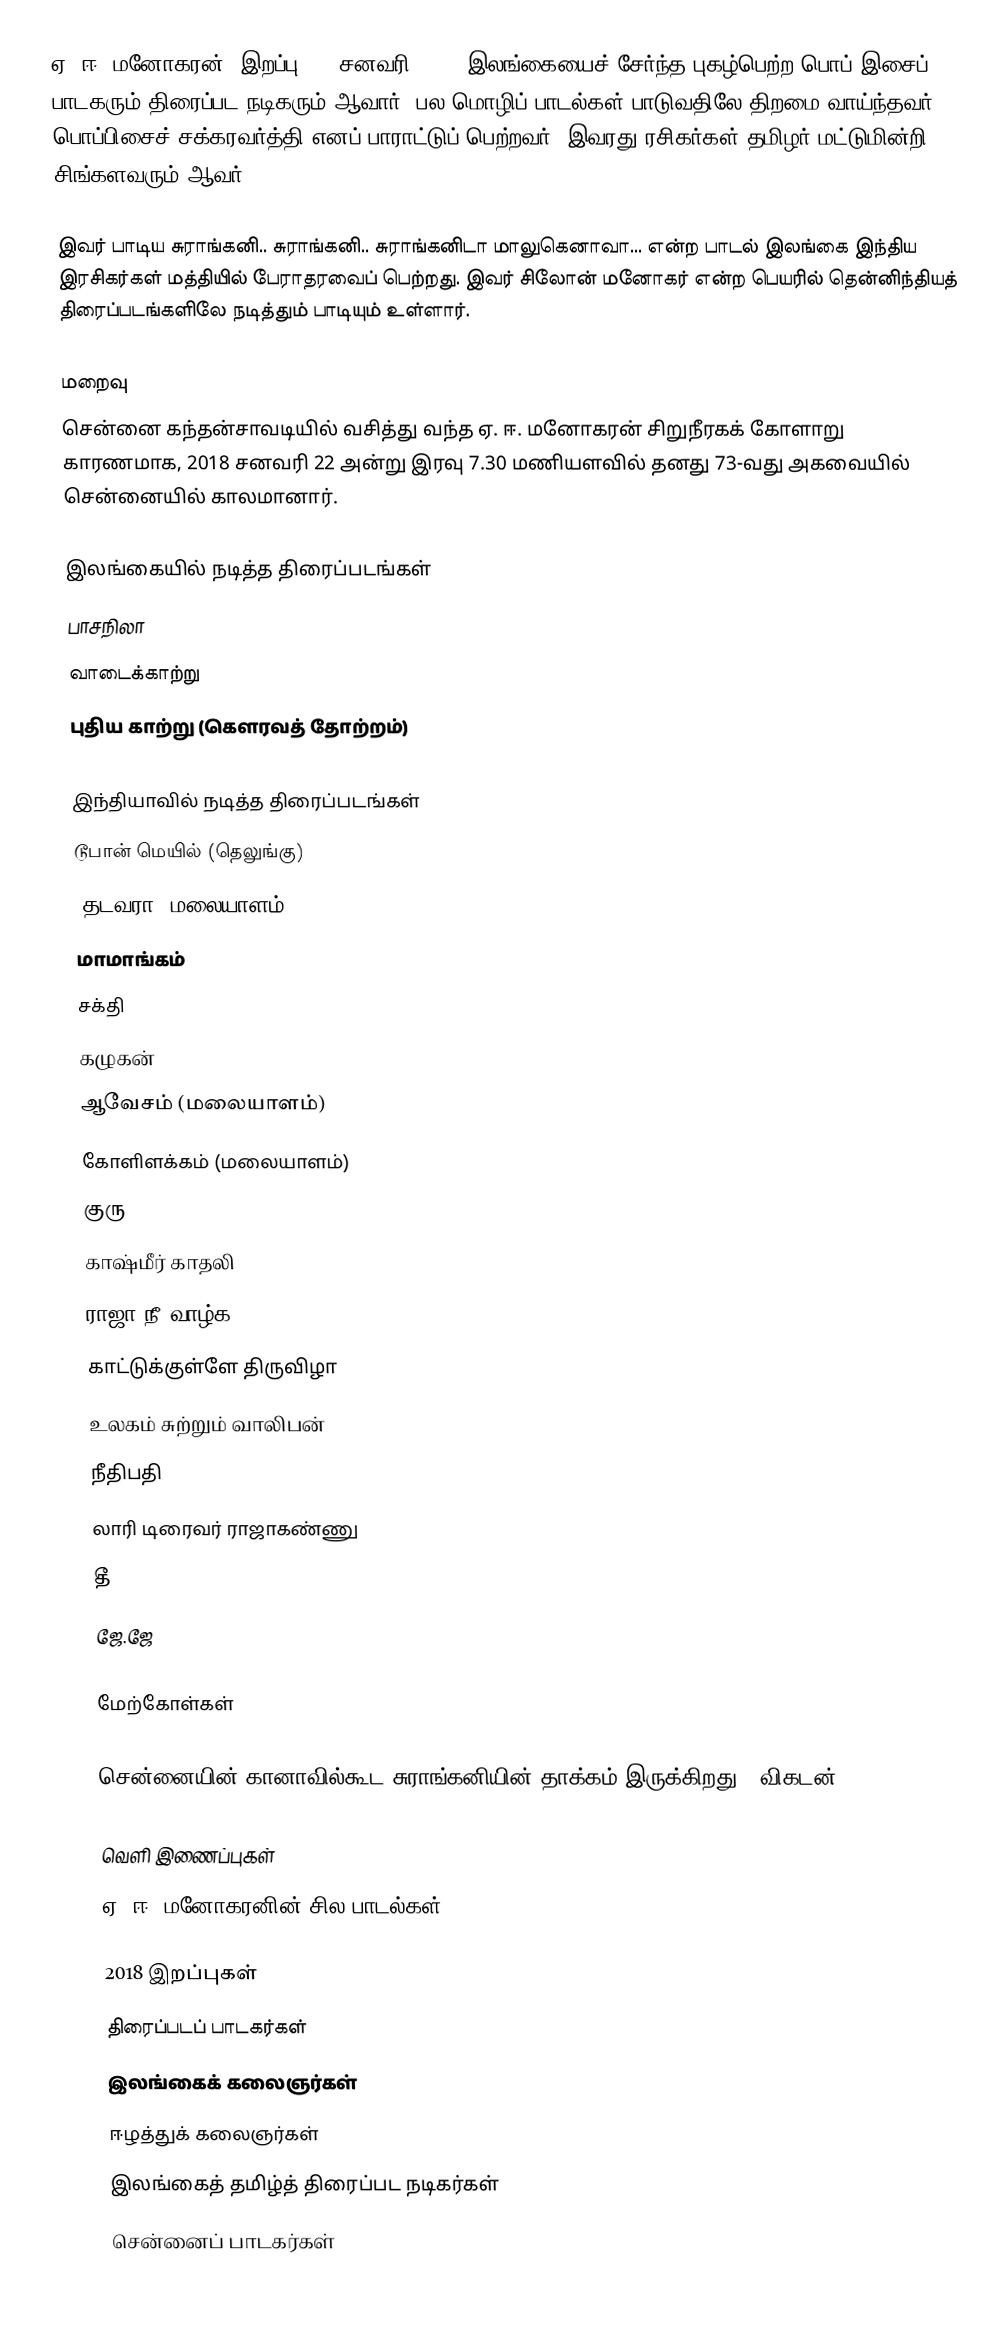
ஏ. ஈ. மனோகரன் (இறப்பு: 22 சனவரி 2018) இலங்கையைச் சேர்ந்த புகழ்பெற்ற பொப் இசைப் பாடகரும் திரைப்பட நடிகரும் ஆவார். பல மொழிப் பாடல்கள் பாடுவதிலே திறமை வாய்ந்தவர். பொப்பிசைச் சக்கரவர்த்தி எனப் பாராட்டுப் பெற்றவர். இவரது ரசிகர்கள் தமிழர் மட்டுமின்றி சிங்களவரும் ஆவர்.

இவர் பாடிய சுராங்கனி.. சுராங்கனி.. சுராங்கனிடா மாலுகெனாவா... என்ற பாடல் இலங்கை இந்திய இரசிகர்கள் மத்தியில் பேராதரவைப் பெற்றது.  இவர் சிலோன் மனோகர் என்ற பெயரில் தென்னிந்தியத் திரைப்படங்களிலே நடித்தும் பாடியும் உள்ளார்.

மறைவு
சென்னை கந்தன்சாவடியில் வசித்து வந்த ஏ. ஈ. மனோகரன் சிறுநீரகக் கோளாறு காரணமாக, 2018 சனவரி 22 அன்று இரவு 7.30 மணியளவில் தனது 73-வது அகவையில் சென்னையில் காலமானார்.

இலங்கையில் நடித்த திரைப்படங்கள்
 பாசநிலா
 வாடைக்காற்று
 புதிய காற்று (கெளரவத் தோற்றம்)

இந்தியாவில் நடித்த திரைப்படங்கள்
டூபான் மெயில் (தெலுங்கு)
'தடவரா (மலையாளம்)
மாமாங்கம்
சக்தி
கழுகன்
ஆவேசம் (மலையாளம்)
கோளிளக்கம் (மலையாளம்)
குரு
காஷ்மீர் காதலி
ராஜா நீ வாழ்க
காட்டுக்குள்ளே திருவிழா
உலகம் சுற்றும் வாலிபன்
நீதிபதி
லாரி டிரைவர் ராஜாகண்ணு
தீ
ஜே.ஜே

மேற்கோள்கள்

சென்னையின் கானாவில்கூட சுராங்கனியின் தாக்கம் இருக்கிறது!, விகடன்

வெளி இணைப்புகள்
 ஏ. ஈ. மனோகரனின் சில பாடல்கள்

2018 இறப்புகள்
திரைப்படப் பாடகர்கள்
இலங்கைக் கலைஞர்கள்
ஈழத்துக் கலைஞர்கள்
இலங்கைத் தமிழ்த் திரைப்பட நடிகர்கள்
சென்னைப் பாடகர்கள்